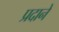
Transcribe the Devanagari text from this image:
प्रदाने